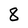
Character: 8